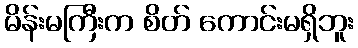
မိန်းမကြီးက စိတ် ကောင်းမရှိဘူး